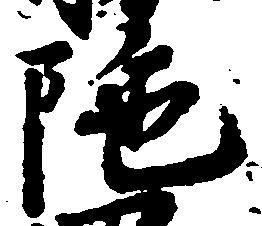
陀